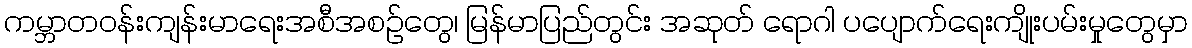
ကမ္ဘာတဝန်းကျန်းမာရေးအစီအစဉ်တွေ၊ မြန်မာပြည်တွင်း အဆုတ် ရောဂါ ပပျောက်ရေးကျိုးပမ်းမှုတွေမှာ